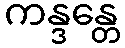
ကန္ဒန္တေ